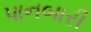
પાનબારી